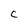
Character: c